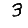
Digit: 3